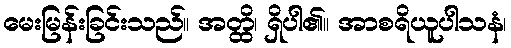
မေးမြန်းခြင်းသည်။ အတ္ထိ၊ ရှိပါ၏။ အာစရိယူပါသနံ၊